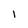
Character: I